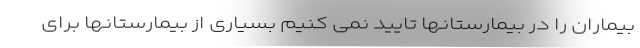
بیماران را در بیمارستانها تایید نمی کنیم بسیاری از بیمارستانها برای